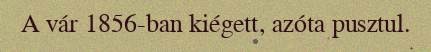
A vár 1856-ban kiégett, azóta pusztul.